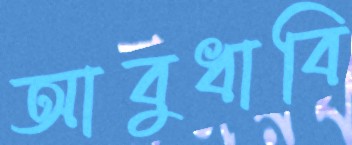
আবুধাবি